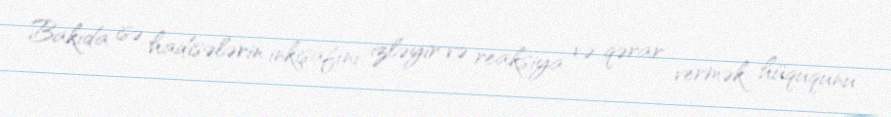
Bakıda isə hadisələrin inkişafını izləyir və reaksiya və qərar vermək hüququnu